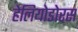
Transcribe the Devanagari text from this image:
हेलियोडोरस